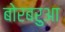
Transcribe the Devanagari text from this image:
बोरबरुआ